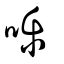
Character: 嚛